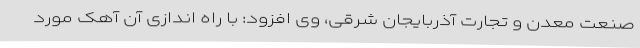
صنعت معدن و تجارت آذربایجان شرقی، وی افزود: با راه اندازی آن آهک مورد